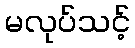
မလုပ်သင့်